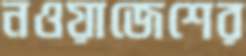
নওয়াজেশের